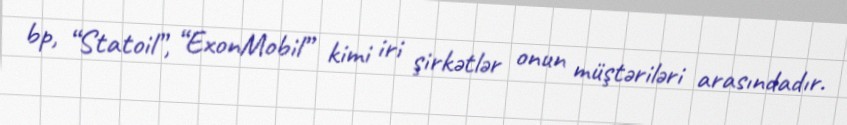
bp, “Statoil”, “ExonMobil” kimi iri şirkətlər onun müştəriləri arasındadır.